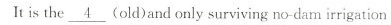
Itis the \underline{4} (old)and only surviving no-dam irrigation